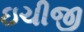
ઇચીજી